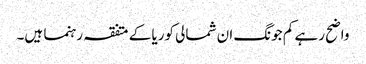
واضح رہے کم جونگ ان شمالی کوریا کے متفقہ رہنما ہیں۔